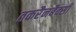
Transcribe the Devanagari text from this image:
तकरैनबैक्सी